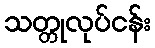
သတ္တုလုပ်ငန်း